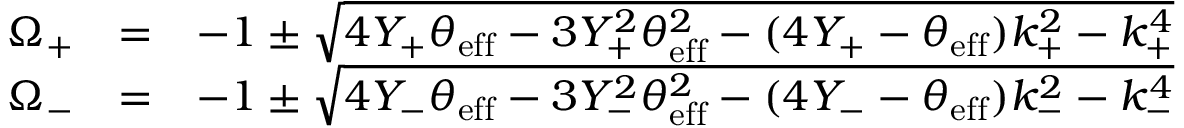
\begin{array} { r l r } { \Omega _ { + } } & { = } & { - 1 \pm \sqrt { 4 Y _ { + } \theta _ { \mathrm { e f f } } - 3 Y _ { + } ^ { 2 } \theta _ { \mathrm { e f f } } ^ { 2 } - ( 4 Y _ { + } - \theta _ { \mathrm { e f f } } ) k _ { + } ^ { 2 } - k _ { + } ^ { 4 } } } \\ { \Omega _ { - } } & { = } & { - 1 \pm \sqrt { 4 Y _ { - } \theta _ { \mathrm { e f f } } - 3 Y _ { - } ^ { 2 } \theta _ { \mathrm { e f f } } ^ { 2 } - ( 4 Y _ { - } - \theta _ { \mathrm { e f f } } ) k _ { - } ^ { 2 } - k _ { - } ^ { 4 } } } \\ & { } & \end{array}